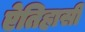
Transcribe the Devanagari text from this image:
ऐतिहासी